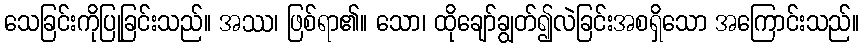
သေခြင်းကိုပြုခြင်းသည်။ အဿ၊ ဖြစ်ရာ၏။ သော၊ ထိုချော်ချွတ်၍လဲခြင်းအစရှိသော အကြောင်းသည်။